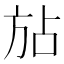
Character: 𪯴